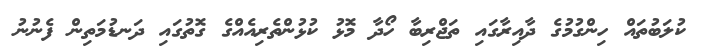
ކުލަބުތައް ހިންގުމުގެ ދާއިރާގައި ތަޖްރިބާ ހޯދާ މޮޅު ކުޅުންތެރިއެއްގެ ގޮތުގައި ދަނޑުމަތިން ފެނުނު